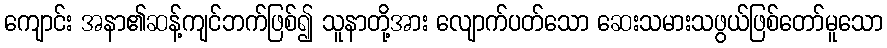
ကျောင်း အနာ၏ဆန့်ကျင်ဘက်ဖြစ်၍ သူနာတို့အား လျောက်ပတ်သော ဆေးသမားသဖွယ်ဖြစ်တော်မူသော